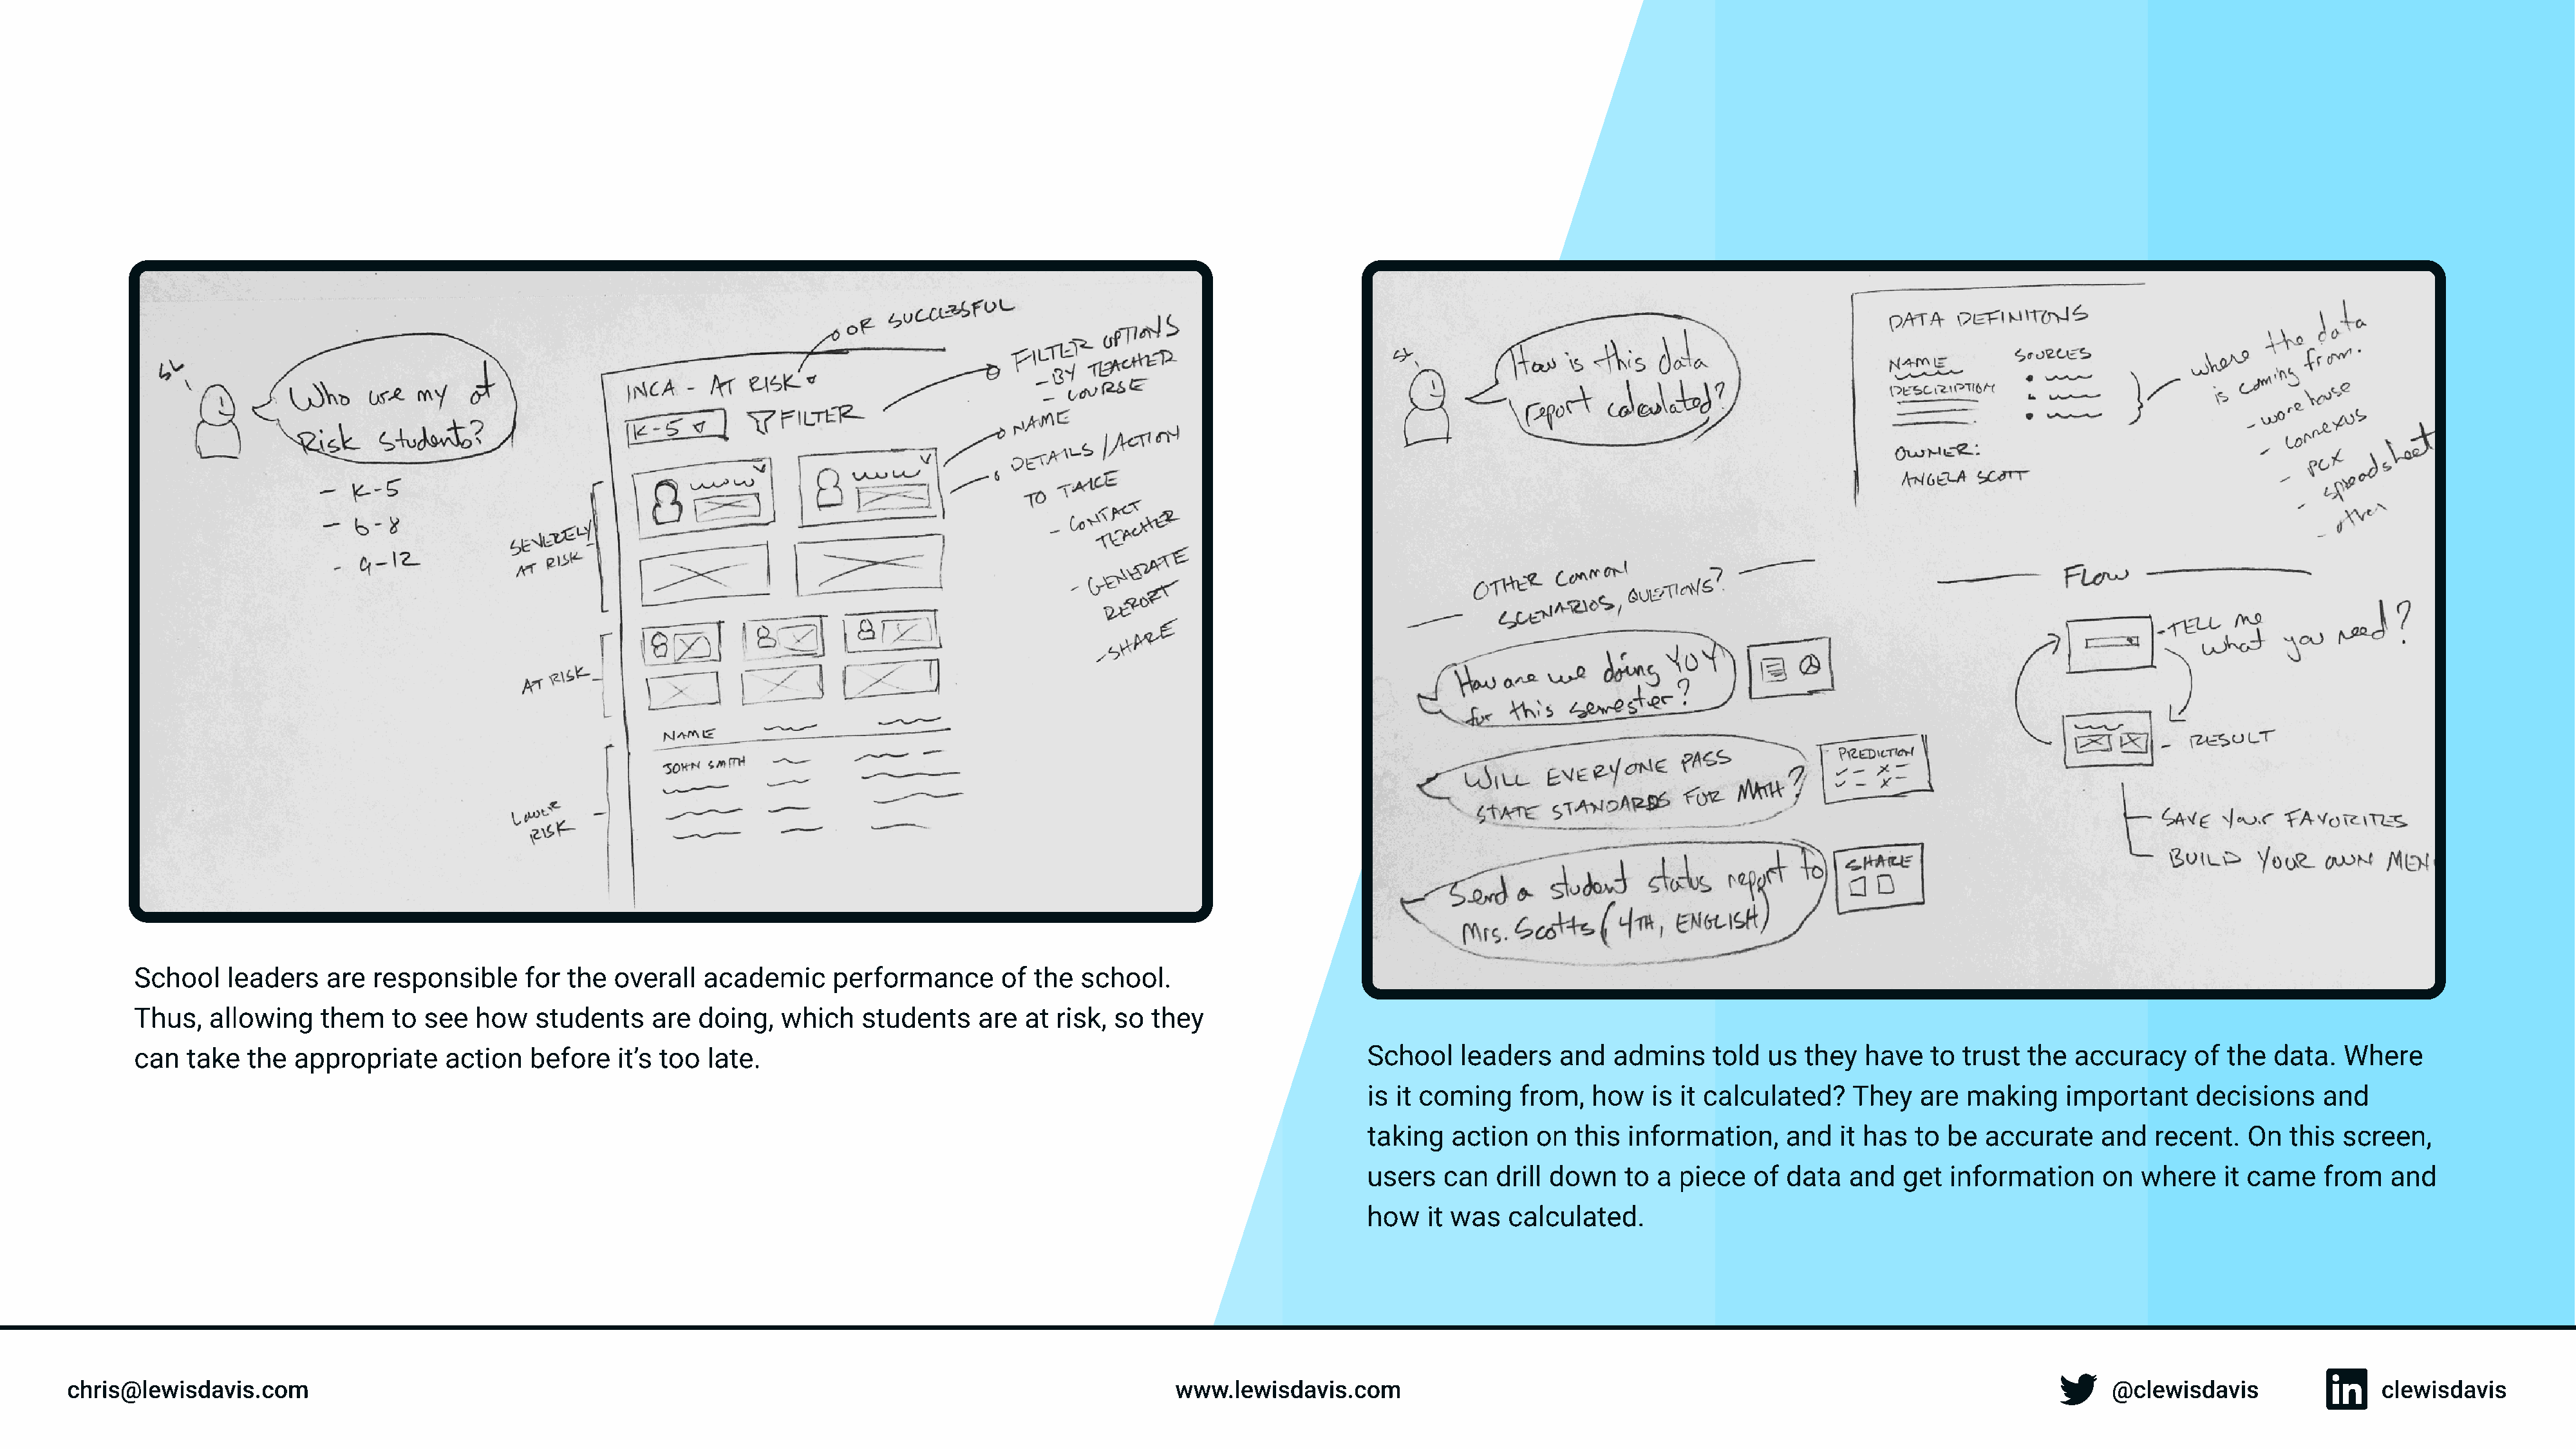
School   leaders    are responsible     for the  overall  academic      performance      of the  school.
 Thus,  allowing    them   to  see  how   students    are  doing,  which    students   are  at  risk, so they
 can  take  the  appropriate     action  before   it’s too  late.                                                               School   leaders   and   admins    told  us they   have  to  trust the  accuracy    of  the  data.  Where
 is it coming   from,   how   is it calculated?   They   are  making    important     decisions    and
 taking  action   on  this information,     and  it has  to be  accurate    and  recent.   On  this  screen,
 users  can   drill down   to a  piece  of  data  and   get information     on  where    it came   from   and
 how   it was  calculated.
 chris@lewisdavis.com                                                                                              www.lewisdavis.com                                                                              @clewisdavis                clewisdavis